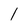
Character: 1